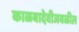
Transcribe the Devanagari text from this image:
काळबादेवीजवळील